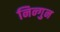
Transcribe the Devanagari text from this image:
निन्गुन